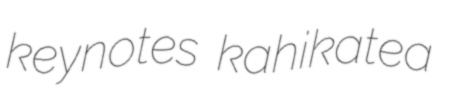
keynotes kahikatea